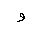
Letter: _waw